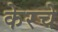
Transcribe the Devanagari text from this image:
केरचे